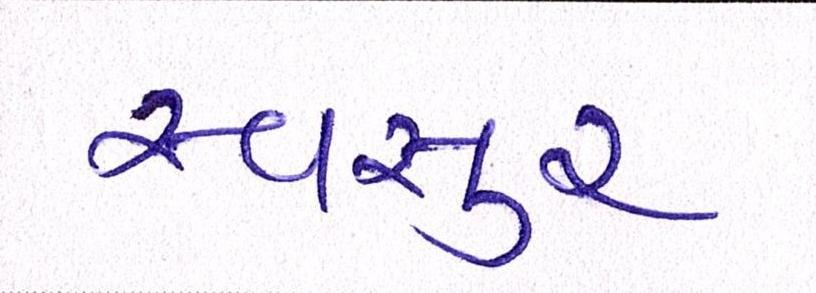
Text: સ્વસુર